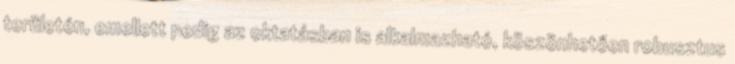
területén, emellett pedig az oktatásban is alkalmazható, köszönhetően robusztus